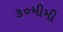
૩૦મીમી